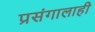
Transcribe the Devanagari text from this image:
प्रसंगालाही